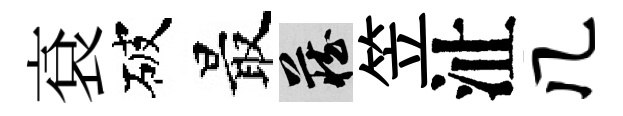
袞破最藏笠沚几